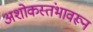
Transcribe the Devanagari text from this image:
अशोकस्तंभावरून